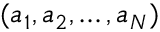
( a _ { 1 } , a _ { 2 } , \dots , a _ { N } )